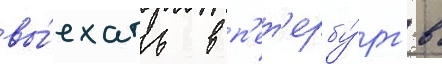
вы́ехать в п'ет'ербу́рг в